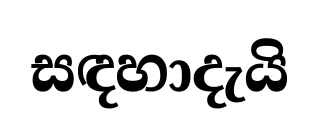
සඳහාදැයි